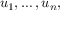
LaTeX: u _ { 1 } , \ldots , u _ { n } ,